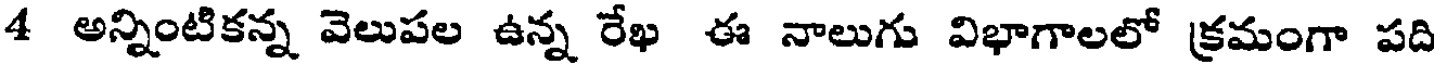
4 అన్నింటికన్న వెలుపల ఉన్న రేఖ ఈ నాలుగు విభాగాలలో క్రమంగా పది